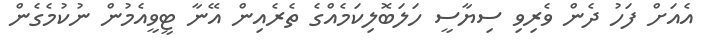
އެއަށް ފަހު ދެން ވެރިވި ސިޔާސީ ހަލަބޮލިކަމެއްގެ ތެރެއިން އޭނާ ޓީވީއެމުން ނުކުމެގެން